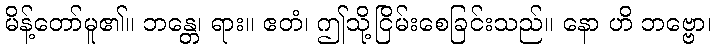
မိန့်တော်မူ၏။ ဘန္တေ၊ ရား။ ဧတံ၊ ဤသို့ငြိမ်းစေခြင်းသည်။ နော ဟိ ဘဗ္ဗော၊